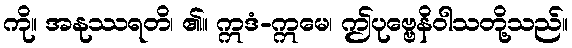
ကို။ အနုဿရတိ၊ ၏။ ဣဒံ-ဣမေ၊ ဤပုဗ္ဗေနိဝါသတို့သည်။